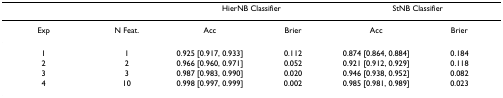
|  |  | <COLSPAN=2> HierNB Classifier | <COLSPAN=2> StNB Classifier |
 | --- | --- | --- | --- | --- | --- |
 | Exp | N Feat. | Acc | Brier | Acc | Brier |
 | 1 | 1 | 0.925 [0.917, 0.933] | 0.112 | 0.874 [0.864, 0.884] | 0.184 |
 | 2 | 2 | 0.966 [0.960, 0.971] | 0.052 | 0.921 [0.912, 0.929] | 0.118 |
 | 3 | 3 | 0.987 [0.983, 0.990] | 0.020 | 0.946 [0.938, 0.952] | 0.082 |
 | 4 | 10 | 0.998 [0.997, 0.999] | 0.002 | 0.985 [0.981, 0.989] | 0.023 |